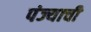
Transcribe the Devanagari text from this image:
पंज्याची